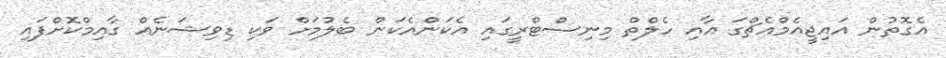
އެގޮތުން އައިޖީއެމްއެޗްގަ އާއި ހެލްތް މިނިސްޓްރީގައި އެކަންއެކަން ބެލުމަށް ވަކި ޑިވިޝަނެއް ގާއިމްކޮށްފައި